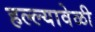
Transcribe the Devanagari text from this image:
हल्ल्यावेळी